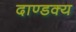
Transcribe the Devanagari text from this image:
दाण्डक्य